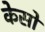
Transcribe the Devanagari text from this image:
केसो